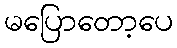
မပြောတော့ပေ